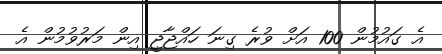
އެ ގައުމުން 100 އަށް ވުރެ ގިނަ ހައްޖާޖީ އިން މަރުވުމުން އެ